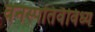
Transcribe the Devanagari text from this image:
वनस्पतिवैविध्य